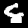
Label: 8